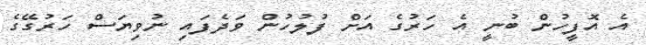
އެ އޮފީހުން ބުނީ އެ ހަރުގެ އަށް ފުލުހުން ވަދެފައި ނުވިޔަސް ހަރުގޭގެ